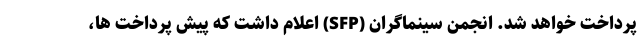
پرداخت خواهد شد. انجمن سينماگران (SFP) اعلام داشت كه پيش پرداخت ها،